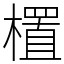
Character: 㯰